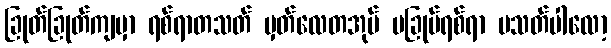
ခြုတ်ခြုတ်ကျမှာ ရစ်ရာတသတ် မှတ်လေတအုပ် ပခြုပ်ရစ်ရာ ပသတ်ပါလော့